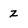
Character: z